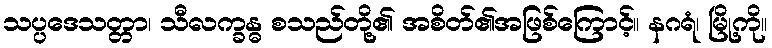
သပ္ပဒေသတ္တာ၊ သီလက္ခန္ဓ စသည်တို့၏ အစိတ်၏အဖြစ်ကြောင့်။ နဂရံ၊ မြို့ကို။